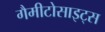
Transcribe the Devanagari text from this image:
गैमीटोसाइट्स